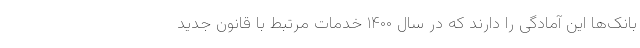
بانک‌ها این آمادگی را دارند که در سال ۱۴۰۰ خدمات مرتبط با قانون جدید